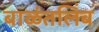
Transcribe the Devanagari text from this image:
बाळंतलिंब